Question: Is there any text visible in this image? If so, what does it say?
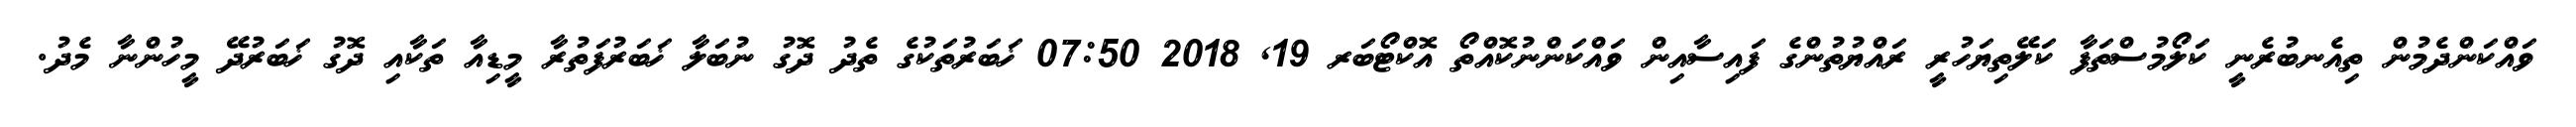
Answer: ވައްކަންދެމުން ތިއެނބުރެނީ ކަލޯމުސްތަފާ ކަލޭތިޔަހުރީ ރައްޔުތުންގެ ފައިސާއިން ވައްކަންނުކޮއްތޯ އޮކްޓޯބަރ 19, 2018 07:50 ޚަބަރުތަކުގެ ތެދު ދޮގު ނުބަލާ ޚަބަރުފަތުރާ މީޑިއާ ތަކާއި ދޮގު ޚަބަރުދޭ މީހުންނާ މެދު.